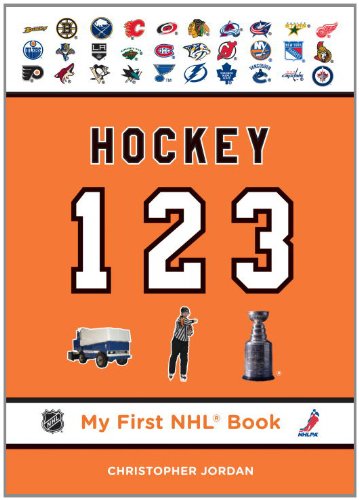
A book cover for Hockey 123 (My First NHL Book); Christopher Jordan; Children's Books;